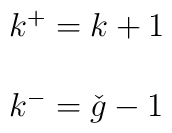
\begin{array}{l}k^{+}= k+1 \\\  \\k^{-}= \check{g} - 1\end{array}